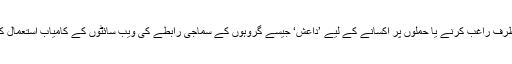
امریکی وزیرِ برائے داخلی سلامتی جے جانسن نے کہا ہے کہ لوگوں کو اپنی طرف راغب کرنے یا حملوں پر اکسانے کے لیے ’داعش‘ جیسے گروہوں کے سماجی رابطے کی ویب سائٹوں کے کامیاب استعمال کے بعد عالمی دہشت گردی سے جنگ ایک نئے مرحلے میں داخل ہو چکی ہے۔